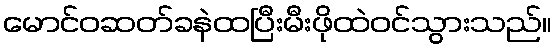
မောင်ဝဆတ်ခနဲထပြီးမီးဖိုထဲဝင်သွားသည်။